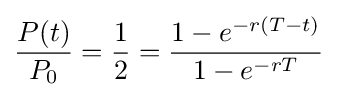
{\frac {P(t)}{P_{0}}}={\frac {1}{2}}={\frac {1-e^{-r(T-t)}}{1-e^{-rT}}}